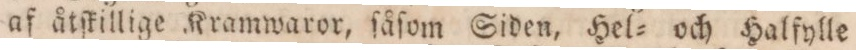
af åtſkillige Kramwaror, ſåſom Siden, Hel= och Halfylle